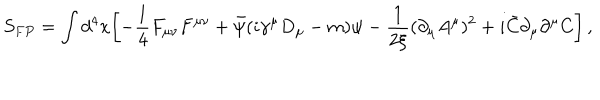
S _ { F P } = \int d ^ { 4 } x \biggl [ - { \frac { 1 } { 4 } } F _ { \mu \nu } F ^ { \mu \nu } + { \bar { \psi } } ( i \gamma ^ { \mu } D _ { \mu } - m ) \psi - { \frac { 1 } { 2 \xi } } ( \partial _ { \mu } A ^ { \mu } ) ^ { 2 } + i { \bar { C } } \partial _ { \mu } \partial ^ { \mu } C \biggr ] \, ,